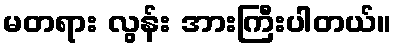
မတရား လွန်း အားကြီးပါတယ်။